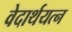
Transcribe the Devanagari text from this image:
वेदार्थयत्न